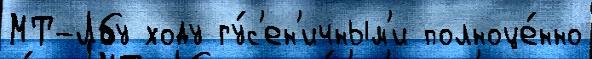
МТ-Лбу ходу гу́с'ен'ичным'и полноце́нно